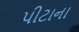
પીટાના